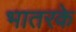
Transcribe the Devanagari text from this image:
भातरके